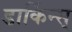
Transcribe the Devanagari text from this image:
डार्किन्स्